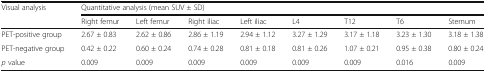
<table><thead><tr><td rowspan="2"><b>Visual analysis</b></td><td colspan="8"><b>Quantitative analysis (mean SUV ± SD)</b></td></tr><tr><td><b>Right femur</b></td><td><b>Left femur</b></td><td><b>Right iliac</b></td><td><b>Left iliac</b></td><td><b>L4</b></td><td><b>T12</b></td><td><b>T6</b></td><td><b>Sternum</b></td></tr></thead><tbody><tr><td>PET-positive group</td><td>2.67 ± 0.83</td><td>2.62 ± 0.86</td><td>2.86 ± 1.19</td><td>2.94 ± 1.12</td><td>3.27 ± 1.29</td><td>3.17 ± 1.18</td><td>3.23 ± 1.30</td><td>3.18 ± 1.38</td></tr><tr><td>PET-negative group</td><td>0.42 ± 0.22</td><td>0.60 ± 0.24</td><td>0.74 ± 0.28</td><td>0.81 ± 0.18</td><td>0.81 ± 0.26</td><td>1.07 ± 0.21</td><td>0.95 ± 0.38</td><td>0.80 ± 0.24</td></tr><tr><td><i>p</i> value</td><td>0.009</td><td>0.009</td><td>0.009</td><td>0.009</td><td>0.009</td><td>0.009</td><td>0.016</td><td>0.009</td></tr></tbody></table>